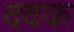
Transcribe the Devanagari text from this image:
दवक